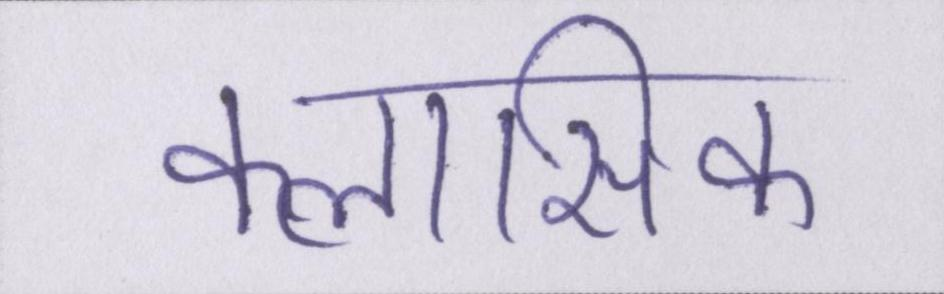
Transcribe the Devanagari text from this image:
क्लासिक